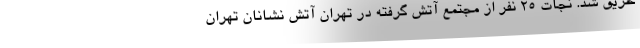
حریق شد. نجات ۲۵ نفر از مجتمع آتش گرفته در تهران آتش نشانان تهران